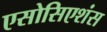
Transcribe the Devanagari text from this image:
एसोसिएशंस